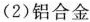
(2)铝合金